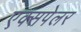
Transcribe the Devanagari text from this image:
एक्सपेलर